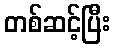
တစ်ဆင့်ပြီး